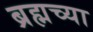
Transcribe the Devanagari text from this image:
ब्रह्मच्या